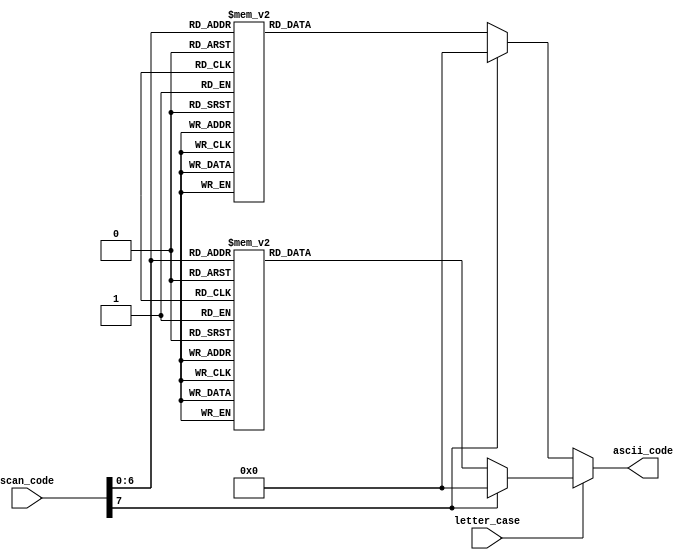
module key2ascii
    (
        input wire letter_case,
        input wire [7:0] scan_code,
        output reg [7:0] ascii_code
    );
    
always @*
    begin
    if(letter_case == 1'b1)  // uppercase 
        begin // this block is almost identical to keyboard_decoder.v/translate_to_ascii
        case(scan_code)
            8'h45: ascii_code = 8'h29;   // )
            8'h16: ascii_code = 8'h21;   // !
            8'h1e: ascii_code = 8'h40;   // @
            8'h26: ascii_code = 8'h23;   // #
            8'h25: ascii_code = 8'h24;   // $
            8'h2e: ascii_code = 8'h25;   // %
            8'h36: ascii_code = 8'h5E;   // ^
            8'h3d: ascii_code = 8'h26;   // &
            8'h3e: ascii_code = 8'h2A;   // *
            8'h46: ascii_code = 8'h28;   // (
            /* We did all these before we found this module (see keyboard_decoder.v) */
            8'h1c: ascii_code = 8'h41;   // A
            8'h32: ascii_code = 8'h42;   // B
            8'h21: ascii_code = 8'h43;   // C
            8'h23: ascii_code = 8'h44;   // D
            8'h24: ascii_code = 8'h45;   // E
            8'h2b: ascii_code = 8'h46;   // F
            8'h34: ascii_code = 8'h47;   // G
            8'h33: ascii_code = 8'h48;   // H
            8'h43: ascii_code = 8'h49;   // I
            8'h3b: ascii_code = 8'h4A;   // J
            8'h42: ascii_code = 8'h4B;   // K
            8'h4b: ascii_code = 8'h4C;   // L
            8'h3a: ascii_code = 8'h4D;   // M
            8'h31: ascii_code = 8'h4E;   // N
            8'h44: ascii_code = 8'h4F;   // O
            8'h4d: ascii_code = 8'h50;   // P
            8'h15: ascii_code = 8'h51;   // Q
            8'h2d: ascii_code = 8'h52;   // R
            8'h1b: ascii_code = 8'h53;   // S
            8'h2c: ascii_code = 8'h54;   // T
            8'h3c: ascii_code = 8'h55;   // U
            8'h2a: ascii_code = 8'h56;   // V
            8'h1d: ascii_code = 8'h57;   // W
            8'h22: ascii_code = 8'h58;   // X
            8'h35: ascii_code = 8'h59;   // Y
            8'h1a: ascii_code = 8'h5A;   // Z
            /* But we didn't do special characters */
            8'h0e: ascii_code = 8'h7E;   // ~
            8'h4e: ascii_code = 8'h5F;   // _
            8'h55: ascii_code = 8'h2B;   // +
            8'h54: ascii_code = 8'h7B;   // {
            8'h5b: ascii_code = 8'h7D;   // }
            8'h5d: ascii_code = 8'h7C;   // |
            8'h4c: ascii_code = 8'h3A;   // :
            8'h52: ascii_code = 8'h22;   // "
            8'h41: ascii_code = 8'h3C;   // <
            8'h49: ascii_code = 8'h3E;   // >
            8'h4a: ascii_code = 8'h3F;   // ?
            8'h29: ascii_code = 8'h20;   // space
            8'h5a: ascii_code = 8'h0A;   // LF: Return (\n)
            8'h66: ascii_code = 8'h08;   // BS: backspace
            8'h0D: ascii_code = 8'h09;   // TAB: horizontal tab
            /* We added all these to control cursor movement, behavior */
            8'h75: ascii_code = 8'h11;   // DC1: Up Arrow
            8'h6B: ascii_code = 8'h12;   // DC2: Left Arrow
            8'h72: ascii_code = 8'h13;   // DC3: Down Arrow
            8'h74: ascii_code = 8'h14;   // DC4: Right Arrow
            8'h6C: ascii_code = 8'h0D;   // CR: Home (\r)
            8'h7D: ascii_code = 8'h02;   // STX: Page Up
            8'h7A: ascii_code = 8'h03;   // ETX: Page Down
            8'h69: ascii_code = 8'h17;   // ETB: End
            8'h71: ascii_code = 8'h7F;   // DEL: Delete
            8'h70: ascii_code = 8'h1A;   // SUB: Insert
            
            default: ascii_code = 8'h00; // NUL
        endcase
        end
    else   // lowercase
        begin
        case(scan_code)
            /* We had also done these */
            8'h45: ascii_code = 8'h30;   // 0
            8'h16: ascii_code = 8'h31;   // 1
            8'h1e: ascii_code = 8'h32;   // 2
            8'h26: ascii_code = 8'h33;   // 3
            8'h25: ascii_code = 8'h34;   // 4
            8'h2e: ascii_code = 8'h35;   // 5
            8'h36: ascii_code = 8'h36;   // 6
            8'h3d: ascii_code = 8'h37;   // 7
            8'h3e: ascii_code = 8'h38;   // 8
            8'h46: ascii_code = 8'h39;   // 9
            /* These scan codes are identical to the uppercase ones, obviously. 
            Redoing this would have been pointless, so we took it as-is.*/
            8'h1c: ascii_code = 8'h61;   // a
            8'h32: ascii_code = 8'h62;   // b
            8'h21: ascii_code = 8'h63;   // c
            8'h23: ascii_code = 8'h64;   // d
            8'h24: ascii_code = 8'h65;   // e
            8'h2b: ascii_code = 8'h66;   // f
            8'h34: ascii_code = 8'h67;   // g
            8'h33: ascii_code = 8'h68;   // h
            8'h43: ascii_code = 8'h69;   // i
            8'h3b: ascii_code = 8'h6A;   // j
            8'h42: ascii_code = 8'h6B;   // k
            8'h4b: ascii_code = 8'h6C;   // l
            8'h3a: ascii_code = 8'h6D;   // m
            8'h31: ascii_code = 8'h6E;   // n
            8'h44: ascii_code = 8'h6F;   // o
            8'h4d: ascii_code = 8'h70;   // p
            8'h15: ascii_code = 8'h71;   // q
            8'h2d: ascii_code = 8'h72;   // r
            8'h1b: ascii_code = 8'h73;   // s
            8'h2c: ascii_code = 8'h74;   // t
            8'h3c: ascii_code = 8'h75;   // u
            8'h2a: ascii_code = 8'h76;   // v
            8'h1d: ascii_code = 8'h77;   // w
            8'h22: ascii_code = 8'h78;   // x
            8'h35: ascii_code = 8'h79;   // y
            8'h1a: ascii_code = 8'h7A;   // z
            8'h0e: ascii_code = 8'h60;   // `
            8'h4e: ascii_code = 8'h2D;   // -
            8'h55: ascii_code = 8'h3D;   // =
            8'h54: ascii_code = 8'h5B;   // [
            8'h5b: ascii_code = 8'h5D;   // ]
            8'h5d: ascii_code = 8'h5C;   // \
            8'h4c: ascii_code = 8'h3B;   // ;
            8'h52: ascii_code = 8'h27;   // '
            8'h41: ascii_code = 8'h2C;   // ,
            8'h49: ascii_code = 8'h2E;   // .
            8'h4a: ascii_code = 8'h2F;   // /
            8'h29: ascii_code = 8'h20;   // space
            8'h5a: ascii_code = 8'h0A;   // LF: Return (\n)
            8'h66: ascii_code = 8'h08;   // BS: backspace
            8'h0D: ascii_code = 8'h09;   // TAB: horizontal tab
            /* Again, we added all these to control cursor movement, behavior */
            8'h75: ascii_code = 8'h11;   // DC1: Up Arrow
            8'h6B: ascii_code = 8'h12;   // DC2: Left Arrow
            8'h72: ascii_code = 8'h13;   // DC3: Down Arrow
            8'h74: ascii_code = 8'h14;   // DC4: Right Arrow
            8'h6C: ascii_code = 8'h0D;   // CR: Home (\r)
            8'h7D: ascii_code = 8'h02;   // STX: Page Up
            8'h7A: ascii_code = 8'h03;   // ETX: Page Down
            8'h69: ascii_code = 8'h17;   // ETB: End
            8'h71: ascii_code = 8'h7F;   // DEL: Delete
            8'h70: ascii_code = 8'h1A;   // SUB: Insert
            
            default: ascii_code = 8'h00; // NUL
        endcase
        end
    end
endmodule